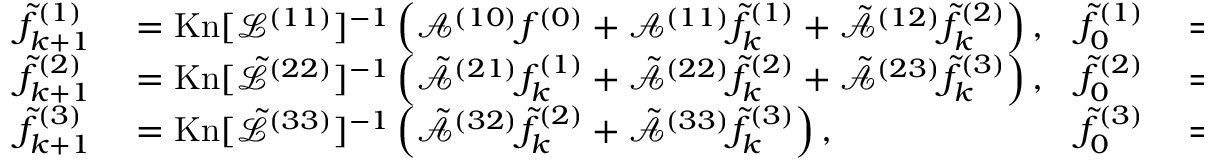
\begin{array} { r l r l } { \tilde { f } _ { k + 1 } ^ { ( 1 ) } } & { { } = \mathrm { K n } [ \mathcal { L } ^ { ( 1 1 ) } ] ^ { - 1 } \left( \mathcal { A } ^ { ( 1 0 ) } f ^ { ( 0 ) } + \mathcal { A } ^ { ( 1 1 ) } \tilde { f } _ { k } ^ { ( 1 ) } + \tilde { \mathcal { A } } ^ { ( 1 2 ) } \tilde { f } _ { k } ^ { ( 2 ) } \right) , } & { \tilde { f } _ { 0 } ^ { ( 1 ) } } & { { } = 0 , } \\ { \tilde { f } _ { k + 1 } ^ { ( 2 ) } } & { { } = \mathrm { K n } [ \tilde { \mathcal { L } } ^ { ( 2 2 ) } ] ^ { - 1 } \left( \tilde { \mathcal { A } } ^ { ( 2 1 ) } f _ { k } ^ { ( 1 ) } + \tilde { \mathcal { A } } ^ { ( 2 2 ) } \tilde { f } _ { k } ^ { ( 2 ) } + \tilde { \mathcal { A } } ^ { ( 2 3 ) } \tilde { f } _ { k } ^ { ( 3 ) } \right) , } & { \tilde { f } _ { 0 } ^ { ( 2 ) } } & { { } = 0 , } \\ { \tilde { f } _ { k + 1 } ^ { ( 3 ) } } & { { } = \mathrm { K n } [ \tilde { \mathcal { L } } ^ { ( 3 3 ) } ] ^ { - 1 } \left( \tilde { \mathcal { A } } ^ { ( 3 2 ) } \tilde { f } _ { k } ^ { ( 2 ) } + \tilde { \mathcal { A } } ^ { ( 3 3 ) } \tilde { f } _ { k } ^ { ( 3 ) } \right) , } & { \tilde { f } _ { 0 } ^ { ( 3 ) } } & { { } = 0 . } \end{array}